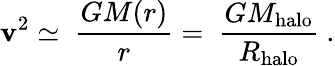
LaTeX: \mathbf{v}^{2}\simeq\ \frac{{GM(r)}}{{r}}=\ \frac{{GM_{\mathrm{{halo}}}}}{{R_{\mathrm{{halo}}}}}\ .